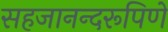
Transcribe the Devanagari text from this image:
सहजानन्दरूपिणे